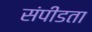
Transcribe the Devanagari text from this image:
संपीडता